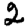
Digit: 2